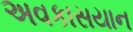
અવકાસયાન